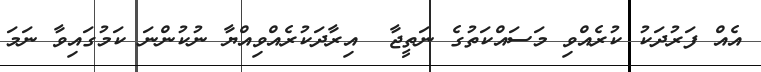
އެއް ފަރުދަކު ކުރެއްވި މަސައްކަތުގެ ނަތީޖާ  އިރާދަކުރެއްވިއްޔާ ނުކުންނަ ކަމުގައިވާ ނަމަ